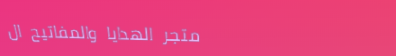
متجر الهدايا والمفاتيح ال